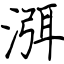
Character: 渳